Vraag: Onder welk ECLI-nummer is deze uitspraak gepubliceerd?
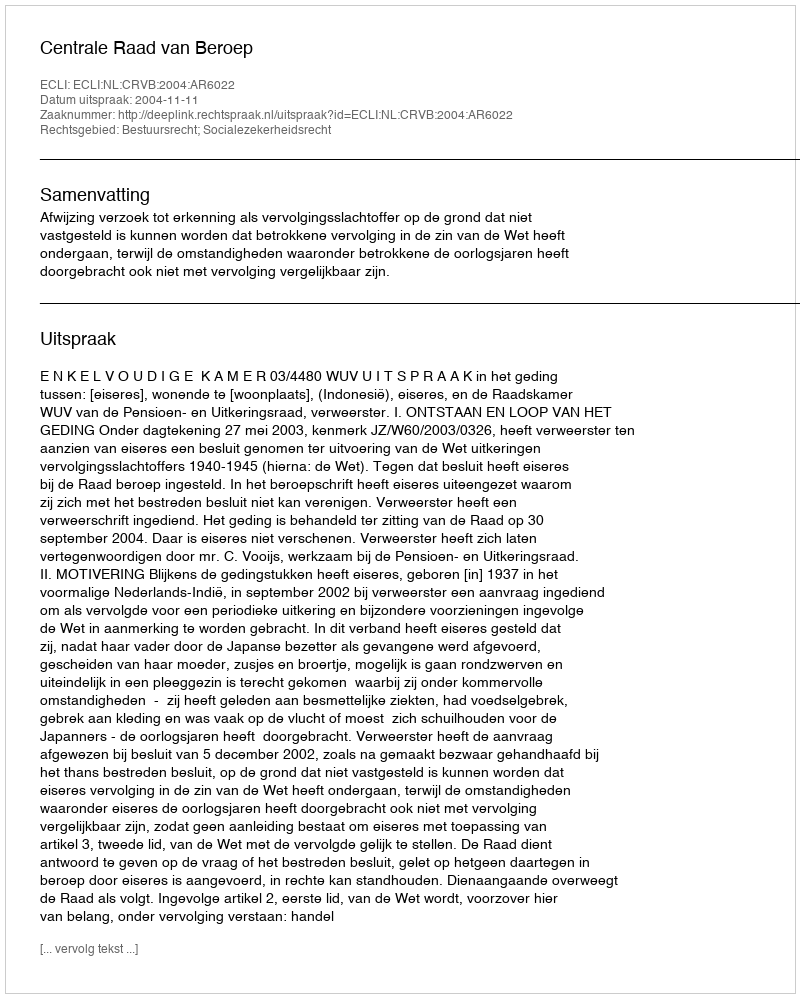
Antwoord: ECLI:NL:CRVB:2004:AR6022